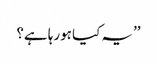
’’یہ کیا ہورہا ہے؟